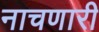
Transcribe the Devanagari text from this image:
नाचणारी